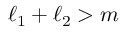
\ell _ { 1 } + \ell _ { 2 } > m